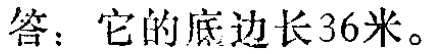
答：它的底边长36米。